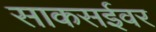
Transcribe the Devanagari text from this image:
साकसईवर